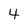
Character: 4